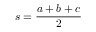
s = { \frac { a + b + c } { 2 } }